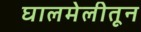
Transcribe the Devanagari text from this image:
घालमेलीतून